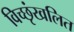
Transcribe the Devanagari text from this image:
विच्छृंखलित